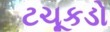
ટચૂકડો